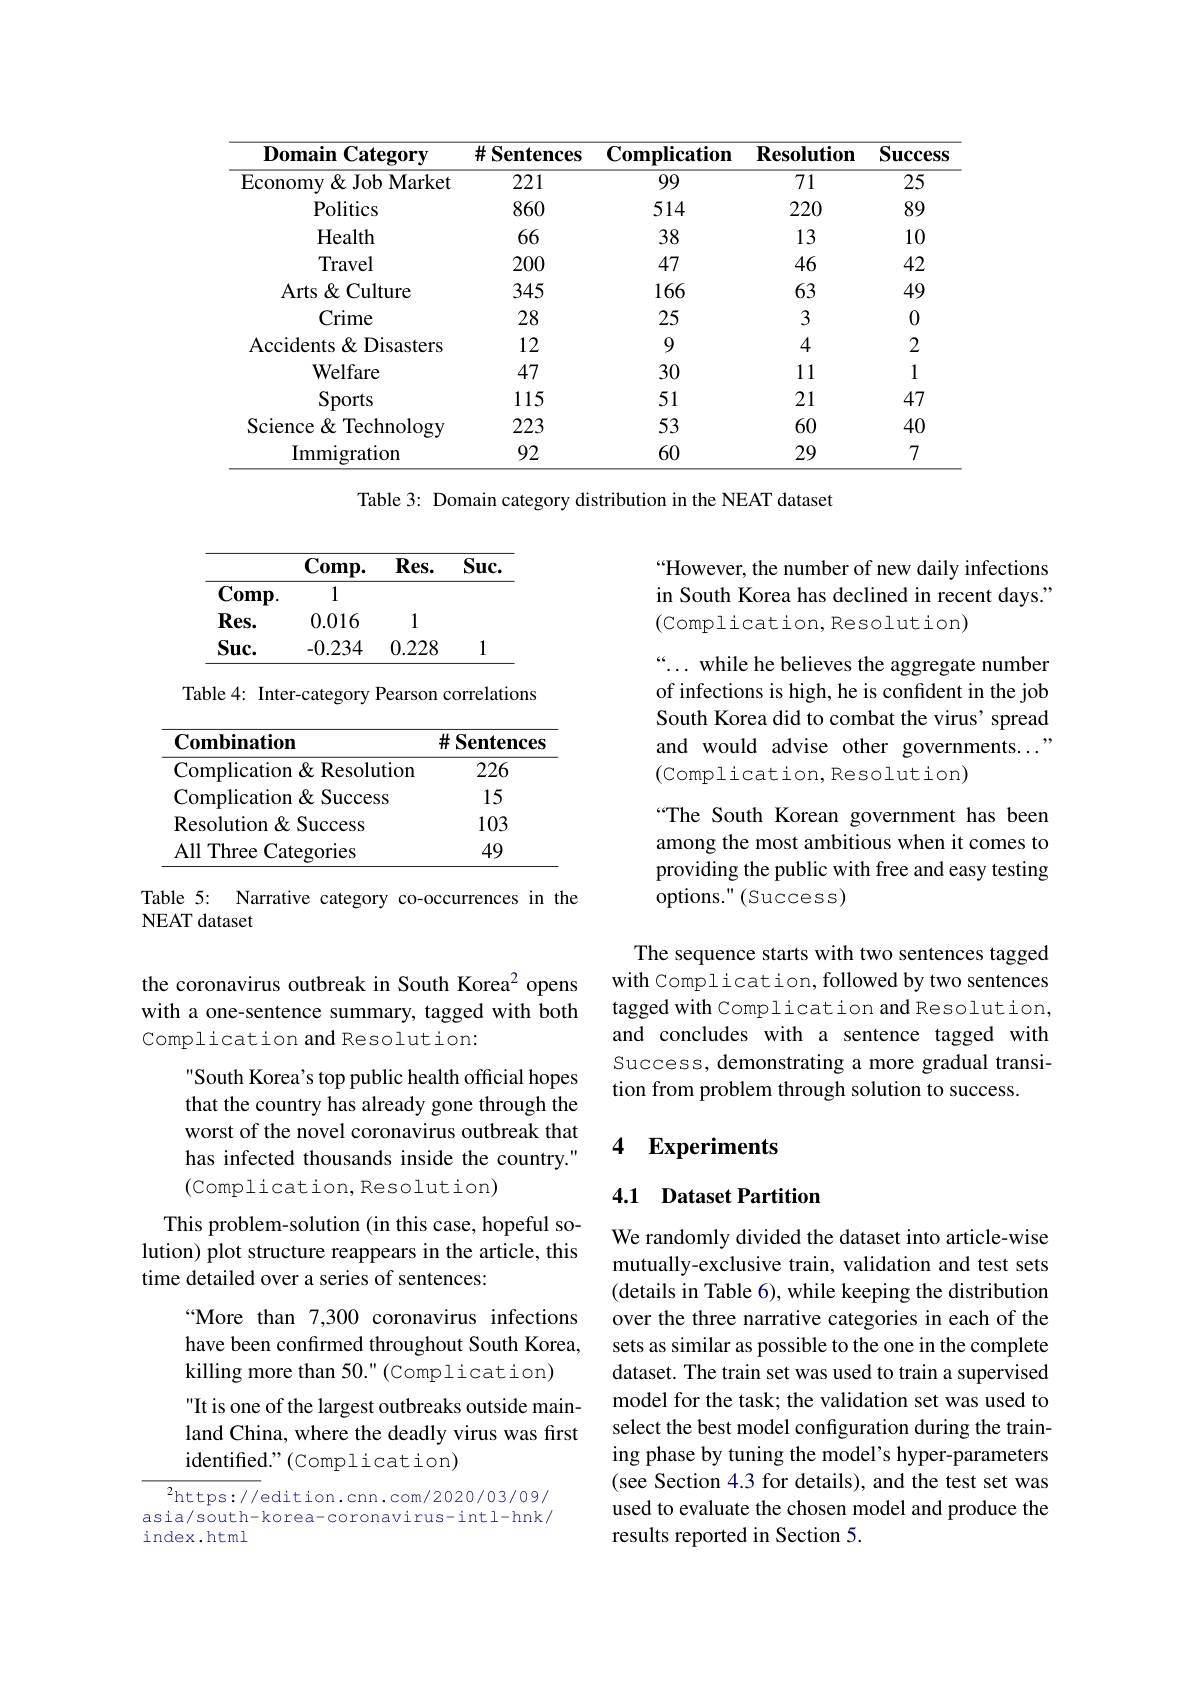
<table>
	<tbody>
		<tr>
			<th>$\mathbf{DomainCategory}$</th>
			<th>$\#S$ Sentences</th>
			<th>$\mathbf{Complication}$</th>
			<th>$\mathbf{Resolution}$</th>
			<th>$\mathbf{Success}$</th>
		</tr>
		<tr>
			<td>Economy& Job Market</td>
			<td>221</td>
			<td>99</td>
			<td>71</td>
			<td>25</td>
		</tr>
		<tr>
			<td>Politics</td>
			<td>860</td>
			<td>514</td>
			<td>220</td>
			<td>89</td>
		</tr>
		<tr>
			<td>Health</td>
			<td>66</td>
			<td>38</td>
			<td>13</td>
			<td>10</td>
		</tr>
		<tr>
			<td>Travel</td>
			<td>200</td>
			<td>47</td>
			<td>46</td>
			<td>42</td>
		</tr>
		<tr>
			<td>Arts Culture</td>
			<td>345</td>
			<td>166</td>
			<td>63</td>
			<td>49</td>
		</tr>
		<tr>
			<td>Crime</td>
			<td>28</td>
			<td>25</td>
			<td>3</td>
			<td>0</td>
		</tr>
		<tr>
			<td>Accidents& Disasters</td>
			<td>12</td>
			<td>9</td>
			<td>4</td>
			<td>2</td>
		</tr>
		<tr>
			<td>$\mathbf{Welfare}$</td>
			<td>47</td>
			<td>30</td>
			<td>11</td>
			<td>1</td>
		</tr>
		<tr>
			<td>Sports</td>
			<td>115</td>
			<td>51</td>
			<td>21</td>
			<td>47</td>
		</tr>
		<tr>
			<td>Science& Technology</td>
			<td>223</td>
			<td>53</td>
			<td>60</td>
			<td>40</td>
		</tr>
		<tr>
			<td>Immigration</td>
			<td>92</td>
			<td>60</td>
			<td>29</td>
			<td>7</td>
		</tr>
	</tbody>
</table>

Table 3: Domain category distribution in the NEAT dataset

“However, the number of new daily infections in South Korea has declined in recent days." (Complication,Resolution)

<table>
	<tbody>
		<tr>
			<th> </th>
			<th>$Comp.$</th>
			<th>$\mathbf{Res.}$</th>
			<th>$Suc.$</th>
		</tr>
		<tr>
			<td>$\mathbf{Comp}.$</td>
			<td>1</td>
			<td> </td>
			<td> </td>
		</tr>
		<tr>
			<td>$\mathbf{Res.}$</td>
			<td>0.016</td>
			<td>1</td>
			<td> </td>
		</tr>
		<tr>
			<td>$Suc.$</td>
			<td>-0.234</td>
			<td>0.228</td>
			<td>1</td>
		</tr>
	</tbody>
</table>

Table 4: Inter-category Pearson correlations

“... while he believes the aggregate number of infections is high, he is confident in the job South Korea did to combat the virus' spread and would advise other governments..." (Complication,Resolution)

<table>
	<tbody>
		<tr>
			<th>$\mathbf{Combination}$</th>
			<th>$\#$ Sentences</th>
		</tr>
		<tr>
			<td>Complication & Resolution</td>
			<td>226</td>
		</tr>
		<tr>
			<td>Complication& Success</td>
			<td>15</td>
		</tr>
		<tr>
			<td>Resolution& Success</td>
			<td>103</td>
		</tr>
		<tr>
			<td>All Three Categories </td>
			<td>49</td>
		</tr>
	</tbody>
</table>

“The South Korean government has been among the most ambitious when it comes to providing the public with free and easy testing options." (Success)

Table 5: Narrative category co-occurrences in the
NEAT dataset

the coronavirus outbreak in South Korea$^{2}$ opens with a one-sentence summary, tagged with both Complication and Resolution:

The sequence starts with two sentences tagged with Complication,followed by two sentences tagged with Complication and Resolution, and concludes with a sentence tagged with Success, demonstrating a more gradual transition from problem through solution to success.

### 4 $\textbf{Experiments}$

### 4.1 Dataset Partition

South Korea's top public health official hopes that the country has already gone through the worst of the novel coronavirus outbreak that has infected thousands inside the country." (Complication,Resolution)
This problem-solution (in this case, hopeful solution) plot structure reappears in the article, this time detailed over a series of sentences:
“More than 7,300 coronavirus infections have been confirmed throughout South Korea, killing more than 50." (Complication)
It is one of the largest outbreaks outside mainland China, where the deadly virus was first identified." (Complication)
${^2\mathrm{https://edition.cnn.com/2020/03/09/}}$

We randomly divided the dataset into article-wise mutually-exclusive train, validation and test sets (details in Table 6), while keeping the distribution over the three narrative categories in each of the sets as similar as possible to the one in the complete dataset. The train set was used to train a supervised model for the task; the validation set was used to select the best model configuration during the training phase by tuning the model's hyper-parameters (see Section 4.3 for details), and the test set was used to evaluate the chosen model and produce the results reported in Section 5.

asia/south-korea-coronavirus-intl-hnk/
index.html